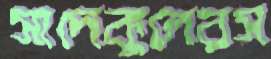
সাদেকুলেরস